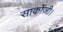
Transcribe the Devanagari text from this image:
सार्कोज़ी।